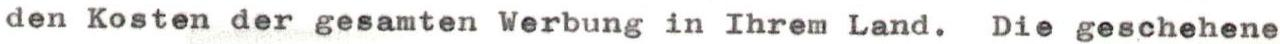
den Kosten der gesamten Werbung in Ihrem Land. Die geschehene